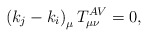
\begin{align*}\left( k_{j}-k_{i}\right) _{\mu }T_{\mu \nu }^{AV}=0,\end{align*}